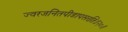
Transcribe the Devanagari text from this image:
ज्वरजनितपीडापसरति॥२०॥